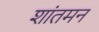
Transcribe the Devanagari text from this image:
शांतमन